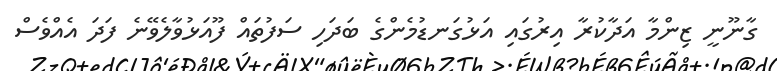
ގާނޫނީ ޒިންމާ އަދާކުރާ އިރުގައި އަޅުގަނޑުމެންގެ ބަދަހި ސަފުތައް ފޫއަޅުވާލެވޭނެ ފަދަ އެއްވެސް